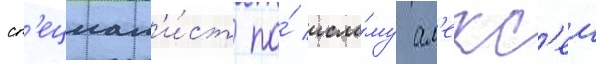
сп'ециал'и́ст по́ исла́му ал'екс'еи